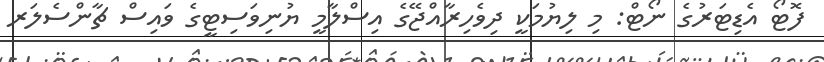
ފޮޓޯ އެޑިޓަރުގެ ނޯޓް: މި ލިޔުމަކީ ދިވެހިރާއްޖޭގެ އިސްލާމީ ޔުނިވަސިޓީގެ ވައިސް ޗާންސެލަރ